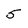
Character: 5